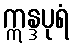
ဣန္ဒပုရံ